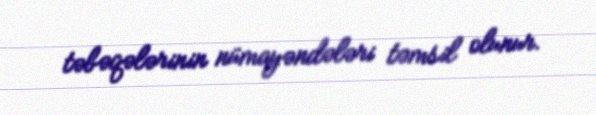
təbəqələrinin nümayəndələri təmsil olunur.